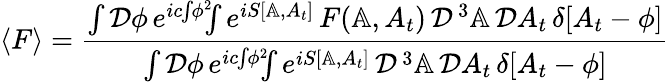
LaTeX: \langle F\rangle={\frac{\int{\cal D}\phi\, e^{ic\! \int\! \phi^{2}}\! \! \! \int e^{iS[\mathbb{A},A_{t}]}\, F(\mathbb{A},A_{t})\, {\cal D}^{\, 3}\mathbb{A}\, {\cal D}A_{t}\, \delta[A_{t}-\phi]}{\int{\cal D}\phi\, e^{ic\! \int\! \phi^{2}}\! \! \! \int e^{iS[\mathbb{A},A_{t}]}\, {\cal D}^{\, 3}\mathbb{A}\, {\cal D}A_{t}\, \delta[A_{t}-\phi]}}